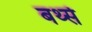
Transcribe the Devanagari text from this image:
बर्थ्स